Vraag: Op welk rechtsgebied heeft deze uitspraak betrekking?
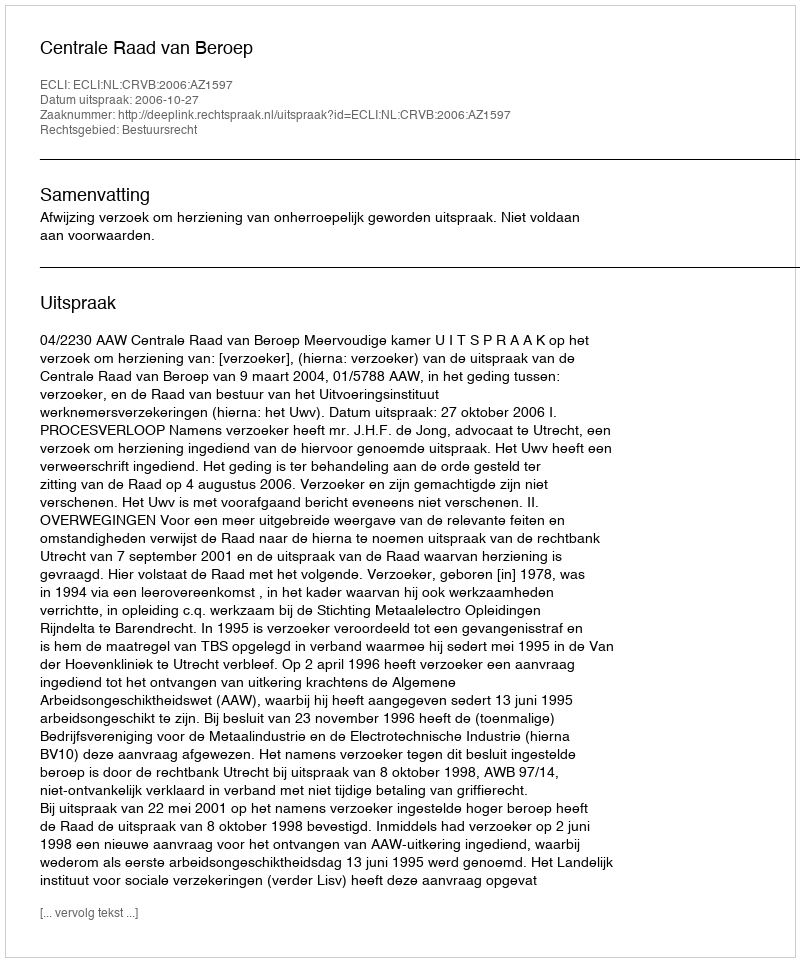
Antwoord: Bestuursrecht